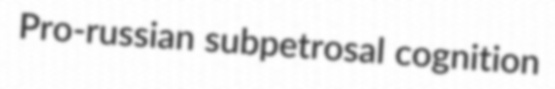
Pro-russian subpetrosal cognition